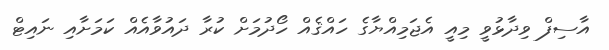
އާސިފް ވިދާޅުވީ މިއީ އެޖަމިއްޔާގެ ހައްޤެއް ހޯދުމަށް ކުރާ ދައުވާއެއް ކަމަށާއި ނައިޓް